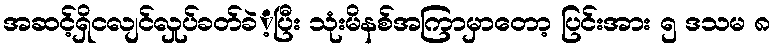
အဆင့်ရှိငလျင်လှုပ်ခတ်ခဲံ့ပြီး သုံးမိနစ်အကြာမှာတော့ ပြင်းအား ၅ ဒသမ ၈